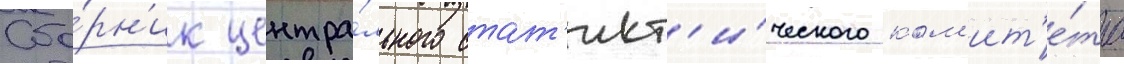
Сбо́рн'ик центра́льного стат'ист'и́ческого ком'ит'е́та